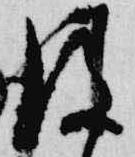
後